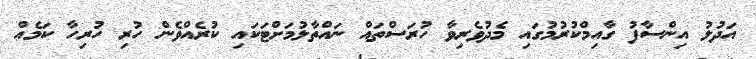
އަދުލު އިންސާފު ގާއިމްކުރުމުގައި މެދުވެރިވާ ހުރަސްތައް ނައްތާލުމަށްޓަކައި ކުރެއްވެން ހުރި ހުރިހާ ކަމެއް